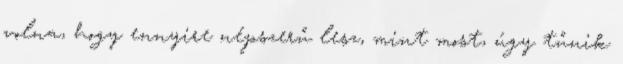
volna, hogy ennyire népszerű lesz, mint most, úgy tűnik